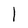
Character: 1